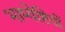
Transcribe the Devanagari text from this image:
भाष्येष्टियों